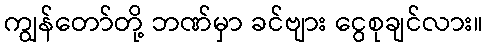
ကျွန်တော်တို့ ဘဏ်မှာ ခင်ဗျား ငွေစုချင်လား။